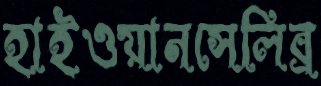
হাইওয়ানসেলিব্র